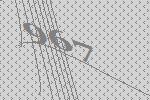
967